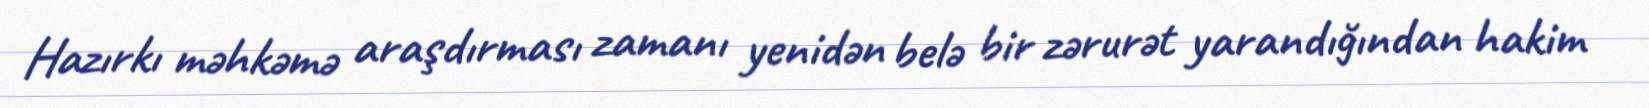
Hazırkı məhkəmə araşdırması zamanı yenidən belə bir zərurət yarandığından hakim